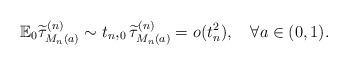
LaTeX: \begin{align*} \mathbb{E}_0\widetilde{\tau}^{(n)}_{M_n(a)}\sim t_n,_0\widetilde{\tau}^{(n)}_{M_n(a)}=o(t_n^2),\quad\forall a\in(0,1).\end{align*}